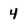
Character: 4